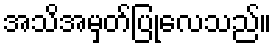
အသိအမှတ်ပြုလေသည်။